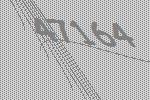
47164